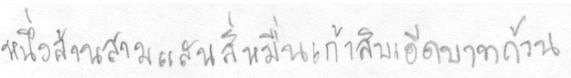
หนึ่งล้านสามแสนสี่หมื่นเก้าสิบเอ็ดบาทถ้วน